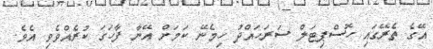
އޭގެ ތެރޭގައި ހޮސްޕިޓަލް ސަރަހައްދު ހިމެނޭ ކަމަށް އޭނާ ފާހަގަ ކުރެއްވެވި އެވެ.